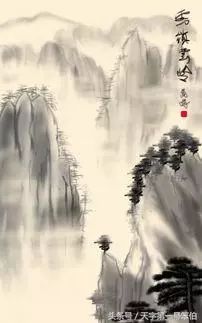
清镜无双影，穷泉有几重。